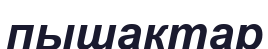
пышактар